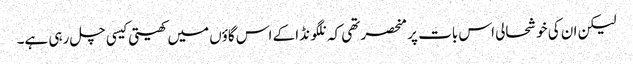
لیکن ان کی خوشحالی اس بات پر منحصر تھی کہ نلگونڈا کے اس گاؤں میں کھیتی کیسی چل رہی ہے۔